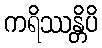
ကရိဿန္တိပိ